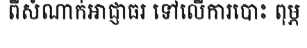
ពីសំណាក់អាជ្ញាធរ ទៅលើការបោះ ពុម្ភ